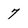
Character: 7